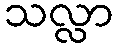
သလ္လာ